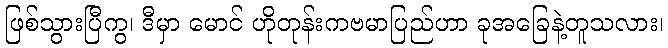
ဖြစ်သွားပြီကွ၊ ဒီမှာ မောင် ဟိုတုန်းကဗမာပြည်ဟာ ခုအခြေနဲ့တူသလား၊